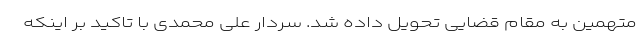
متهمین به مقام قضایی تحویل داده شد. سردار علی محمدی با تاکید بر اینکه